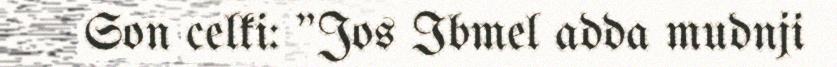
Son celki: "Jos Ibmel adda mudnji